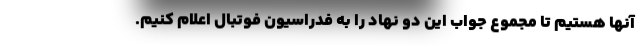
آنها هستیم تا مجموع جواب این دو نهاد را به فدراسیون فوتبال اعلام کنیم.